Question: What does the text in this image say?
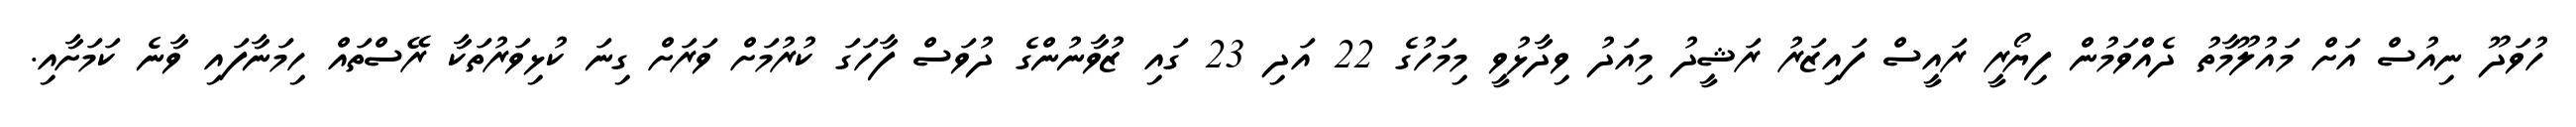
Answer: ހުވަދޫ ނިއުސް އަށް މައުލޫމާތު ދެއްވަމުން ފިޔޯރީ ރައީސް ފައިޒަރު ރަޝީދު މިއަދު ވިދާޅުވީ މިމަހުގެ 22 އަދި 23 ގައި ޒުވާނުންގެ ދުވަސް ފާހަގަ ކުރުމަށް ވަރަށް ގިނަ ކުޅިވަރުތަކާ ރޭސްތައް ހިމަނާފައި ވާނެ ކަމަށާއި.